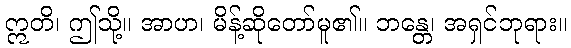
ဣတိ၊ ဤသို့။ အာဟ၊ မိန့်ဆိုတော်မူ၏။ ဘန္တေ၊ အရှင်ဘုရား။